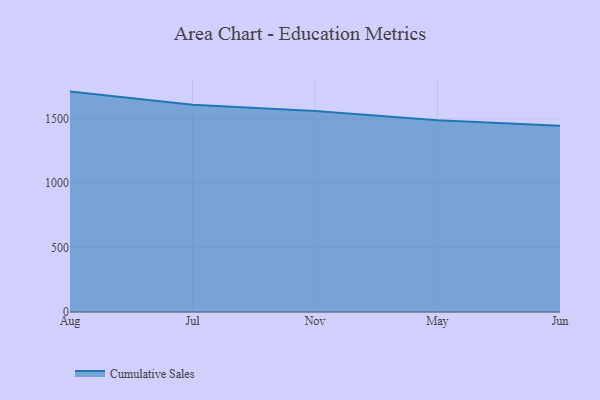
{"axis": {"x": "Month", "y": "Latency (ms)"}, "legend": ["Cumulative Sales"], "data": [{"x": "Aug", "y": 1711.5, "type": "Cumulative Sales"}, {"x": "Jul", "y": 1608.6, "type": "Cumulative Sales"}, {"x": "Nov", "y": 1561.2, "type": "Cumulative Sales"}, {"x": "May", "y": 1489.0, "type": "Cumulative Sales"}, {"x": "Jun", "y": 1445.4, "type": "Cumulative Sales"}]}